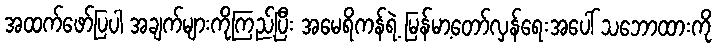
အထက်ဖော်ပြပါ အချက်များကိုကြည့်ပြီး အမေရိကန်ရဲ့ မြန်မာ့တော်လှန်ရေးအပေါ် သဘောထားကို